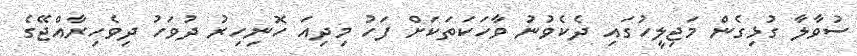
ސުވާލާ ގުޅިގެން މަޖިލީހުގައި ދެކެވުނު ވާހަކަތަކަށް ފަހު މިދިއަ ހޮނިހިރު ދުވަހު ދިވެހިރާއްޖޭގެ